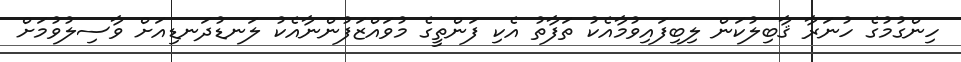
ހިންގުމުގެ ހުނަރާ ޤާބިލުކަން ލިބިފައިވުމާއެކު ތަފާތު އެކި ފަންތީގެ މުވައްޒަފުންނާއެކު ލަނޑުދަނޑިއަށް ވާސިލުވުމަށް